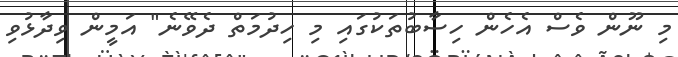
މި ނޫން ވެސް އެހެން ހިސާބުތަކުގައި މި ހިދުމަތް ދެވޭނެ" އަމީން ވިދާޅުވި